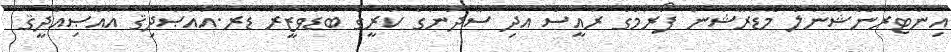
އިންޓަރނޭޝަނަލް މޮޑަރޭޝަން ފޯރަމްގެ ރައީސް އަދި ސޫދާނުގެ ކުރީގެ ބޮޑުވަޒީރު ޑރ.އައްޞާދިޤު އައްޞިއްދީޤު